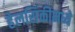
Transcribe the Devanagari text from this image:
हेलसिंकीमध्ये